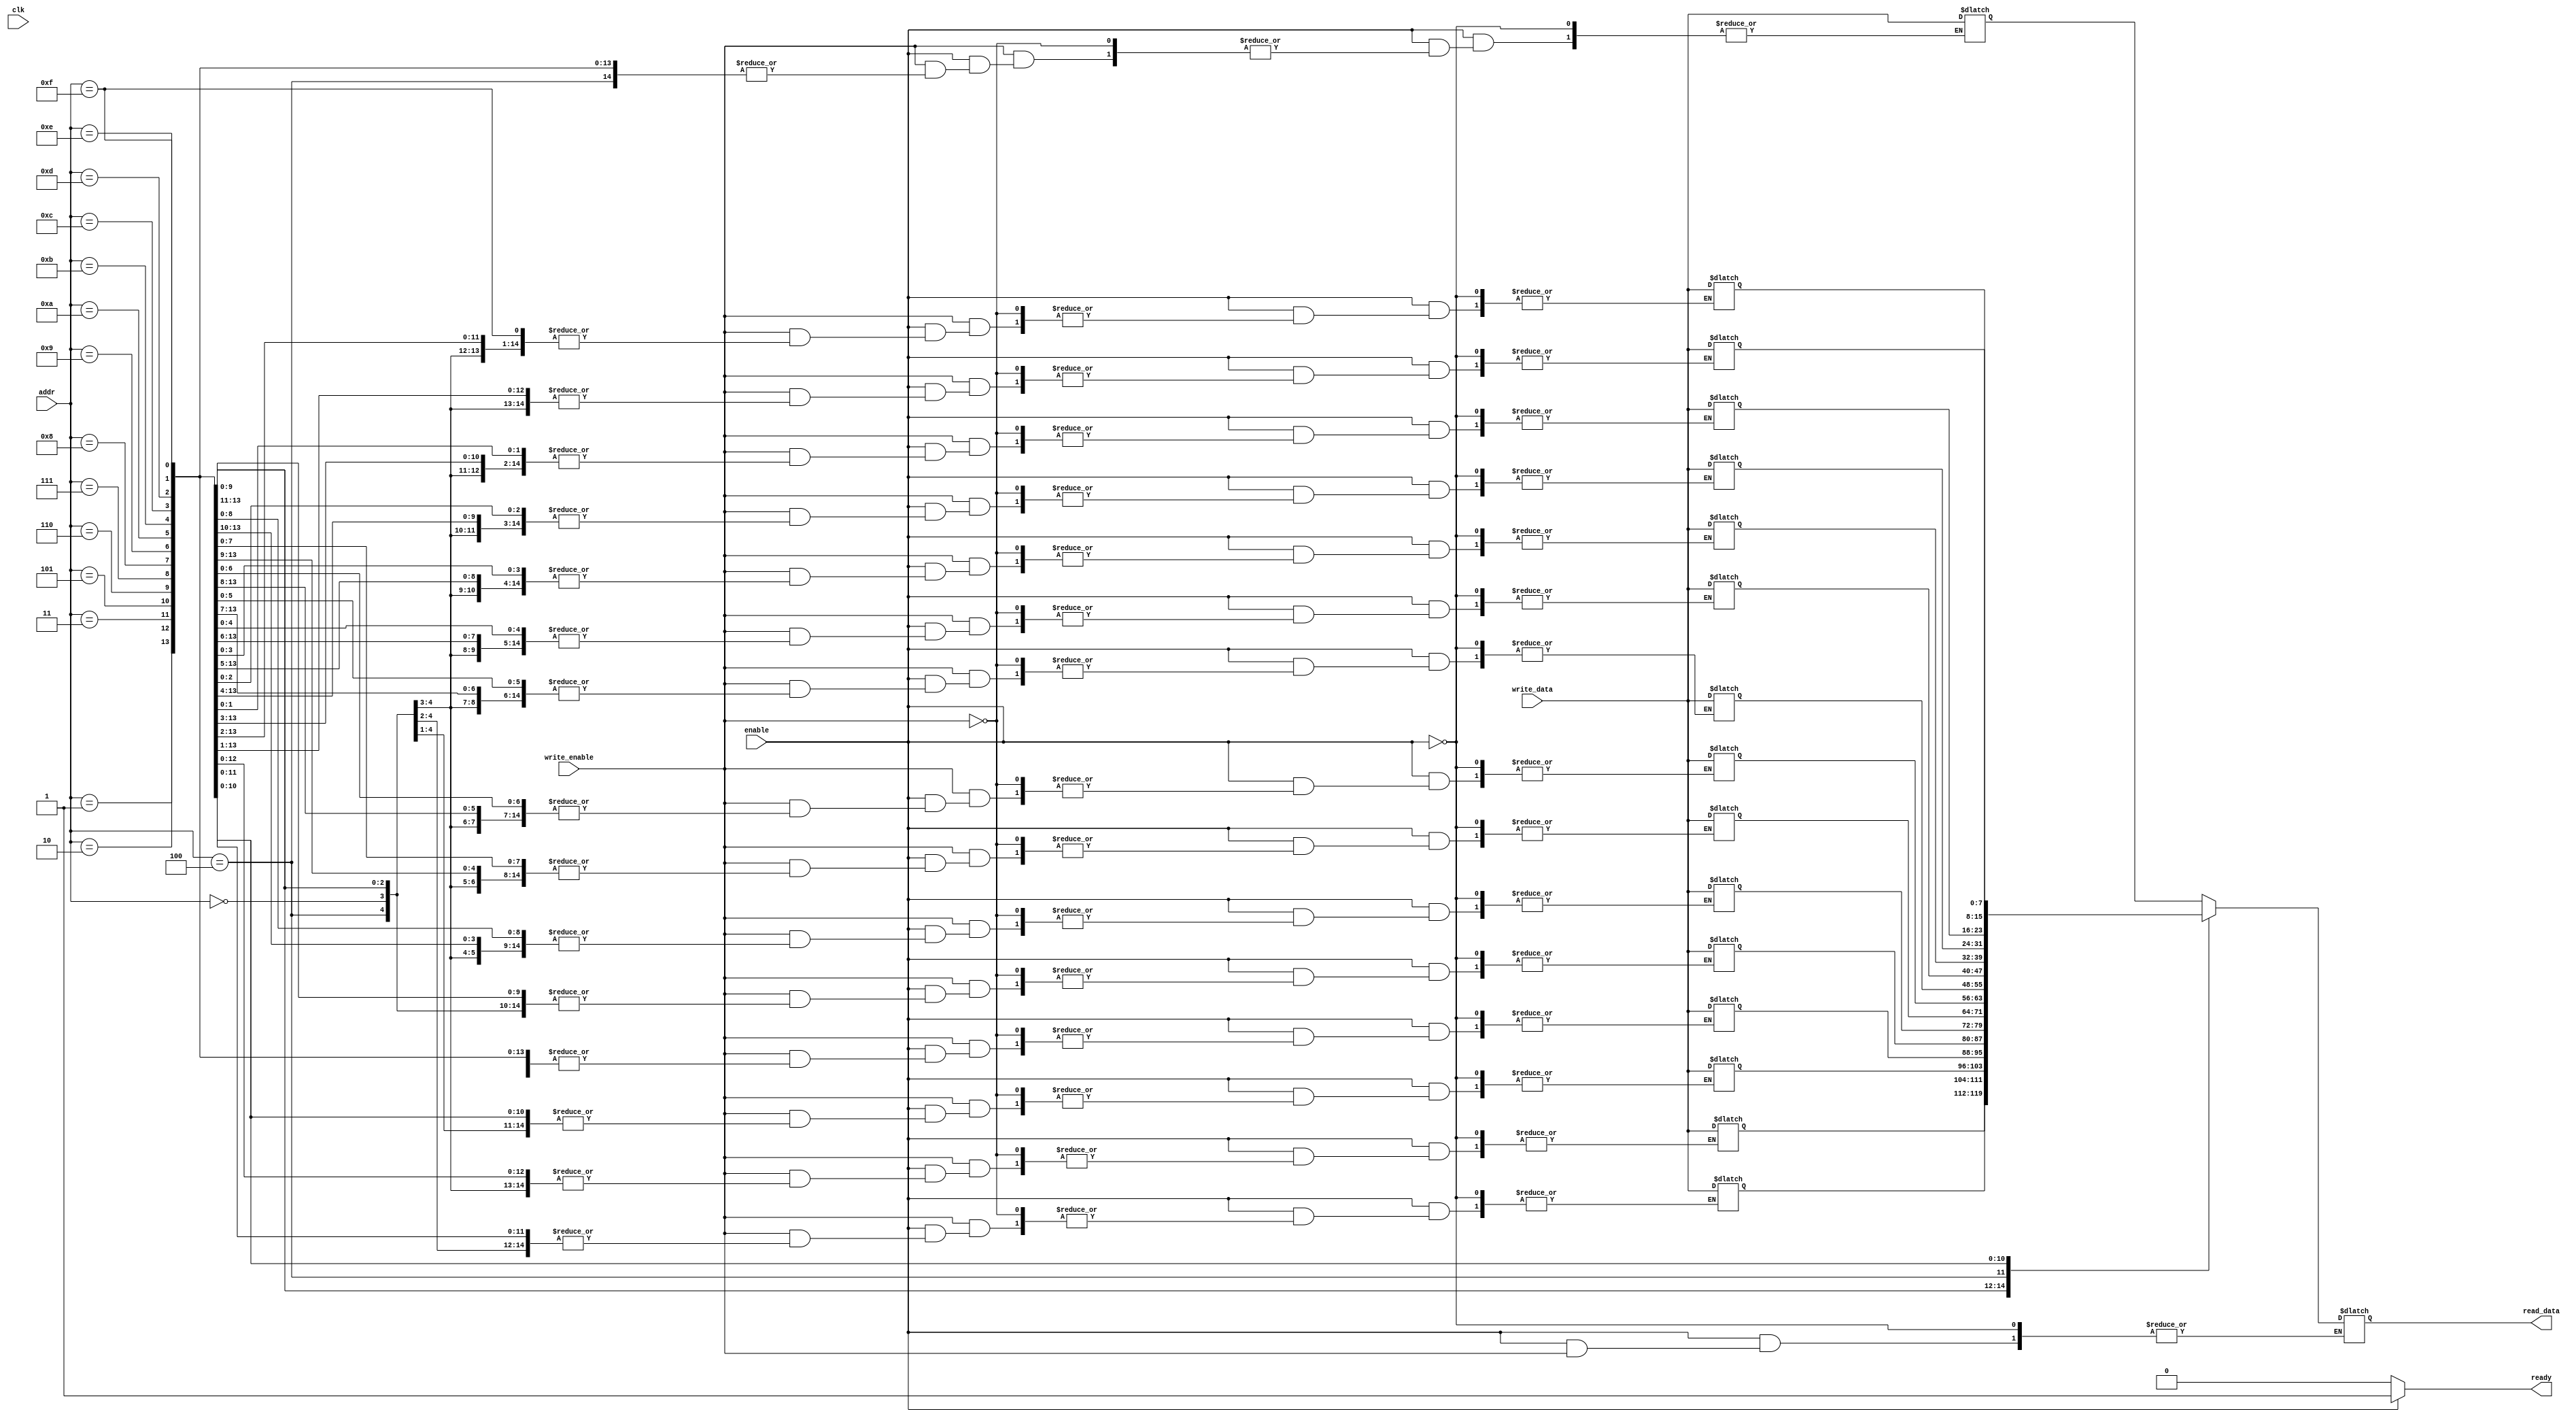
module low_power_sram #(
    parameter DATA_WIDTH = 8,   // Width of the data bus
    parameter ADDR_WIDTH = 4,   // Width of the address bus
    parameter DEPTH = 16         // Depth of the SRAM (2^ADDR_WIDTH)
)(
    input wire clk,              // Clock signal (for simulation purposes)
    input wire enable,           // Enable signal for read/write operations
    input wire [ADDR_WIDTH-1:0] addr, // Address input
    input wire [DATA_WIDTH-1:0] write_data, // Data input for write operations
    input wire write_enable,     // Write enable signal
    output reg [DATA_WIDTH-1:0] read_data,  // Data output for read operations
    output reg ready             // Ready signal
);

    // Memory array declaration
    reg [DATA_WIDTH-1:0] memory [0:DEPTH-1];

    // Asynchronous read/write operations
    always @* begin
        ready = 0; // Default ready signal
        if (enable) begin
            if (write_enable) begin
                // Write operation
                memory[addr] = write_data; // Write data to memory
            end else begin
                // Read operation
                read_data = memory[addr]; // Read data from memory
            end
            ready = 1; // Set ready signal after operation
        end
    end

    // Power management logic (stub for demonstration)
    // In a real design, this would control power modes
    reg [1:0] power_mode; // 00: active, 01: standby, 10: sleep

    always @(posedge clk) begin
        if (enable) begin
            power_mode <= 2'b00; // Active mode
        end else begin
            power_mode <= 2'b01; // Standby mode
        end
    end

endmodule